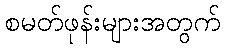
စမတ်ဖုန်းများအတွက်